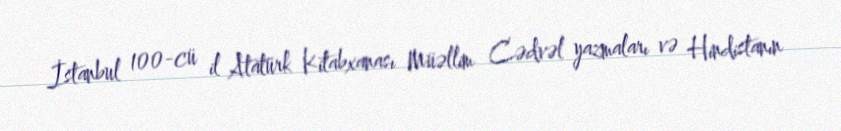
İstanbul 100-cü il Atatürk Kitabxanası Müəllim Cədvəl yazmaları və Hindistanın